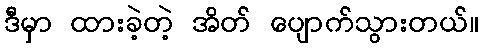
ဒီမှာ ထားခဲ့တဲ့ အိတ် ပျောက်သွားတယ်။